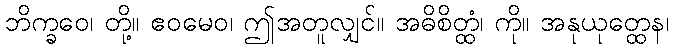
ဘိက္ခဝေ၊ တို့။ ဧဝမေဝ၊ ဤအတူလျှင်။ အဓိစိတ္ထံ၊ ကို။ အနုယုတ္ထေန၊